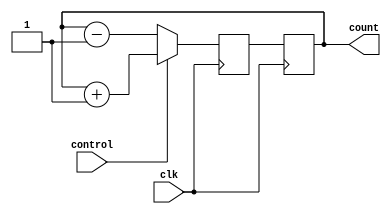
module BidirectionalGrayCounter(
    input wire clk,
    input wire control,
    output reg [3:0] count
);

reg [3:0] next_count;

always @(posedge clk) begin
    if(control == 1) begin
        next_count <= count + 1;
    end else begin
        next_count <= count - 1;
    end
end

always @(posedge clk) begin
    count <= next_count;
end

endmodule